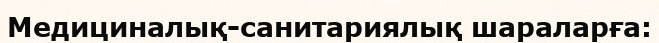
Медициналық-санитариялық шараларға: